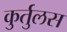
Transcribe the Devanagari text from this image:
कुर्तुलस